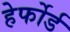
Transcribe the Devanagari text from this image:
हेर्फोर्ड